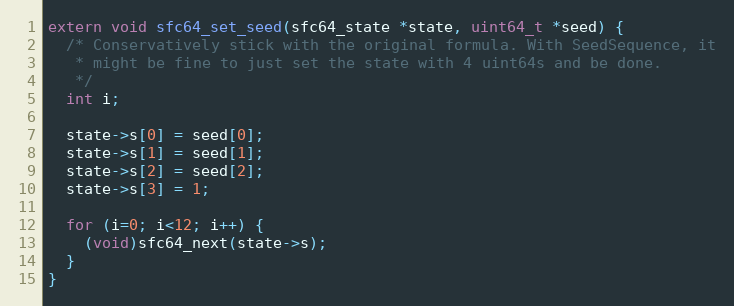
Language: C
extern void sfc64_set_seed(sfc64_state *state, uint64_t *seed) {
  /* Conservatively stick with the original formula. With SeedSequence, it
   * might be fine to just set the state with 4 uint64s and be done.
   */
  int i;

  state->s[0] = seed[0];
  state->s[1] = seed[1];
  state->s[2] = seed[2];
  state->s[3] = 1;

  for (i=0; i<12; i++) {
    (void)sfc64_next(state->s);
  }
}